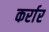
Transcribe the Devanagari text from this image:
कर्रार